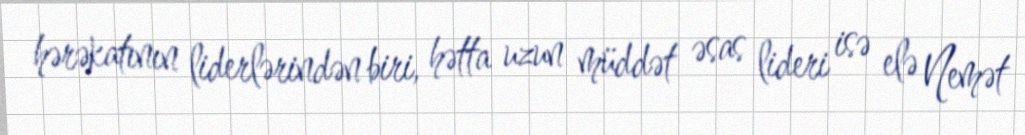
hərəkatının liderlərindən biri, hətta uzun müddət əsas lideri isə elə Nemət